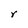
Character: r